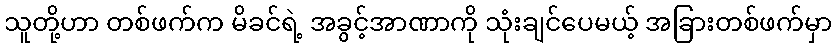
သူတို့ဟာ တစ်ဖက်က မိခင်ရဲ့ အခွင့်အာဏာကို သုံးချင်ပေမယ့် အခြားတစ်ဖက်မှာ